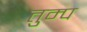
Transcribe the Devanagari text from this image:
तुम्प